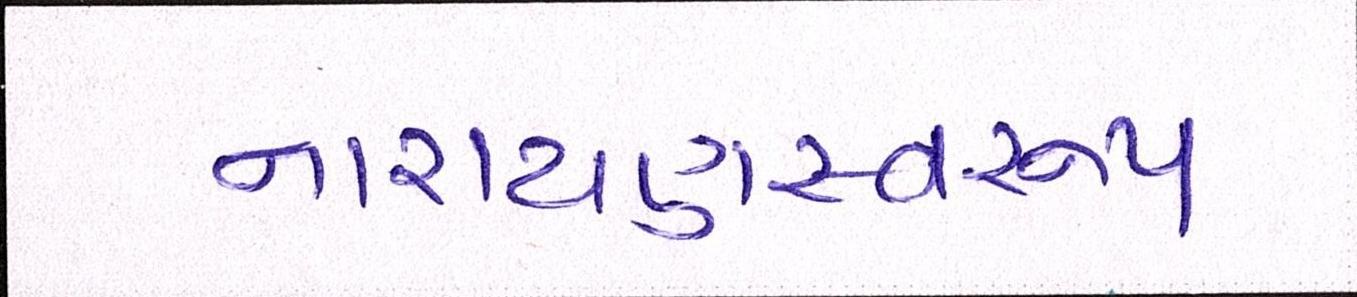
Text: નારાયણસ્વરૂપ